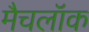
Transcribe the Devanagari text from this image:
मैचलॉक